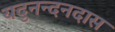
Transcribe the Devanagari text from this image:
यदुनन्दनदास